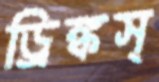
ড্রিঙ্কস্